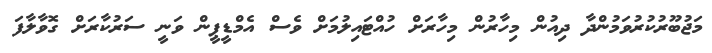
މަޖުބޫރުކުރުވަމުންދާ ދިއުން މިހާރުން މިހާރަށް ހުއްޓައިލުމަށް ވެސް އެމްޑީޕީން ވަނީ ސަރުކާރަށް ގޮވާލާފަ